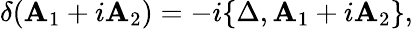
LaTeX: \delta(\mathbf{A}_{1}+i\mathbf{A}_{2})=-i\{ \Delta,\mathbf{A}_{1}+i\mathbf{A}_{2}\} ,